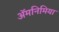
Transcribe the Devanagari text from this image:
ॲमनिमिया